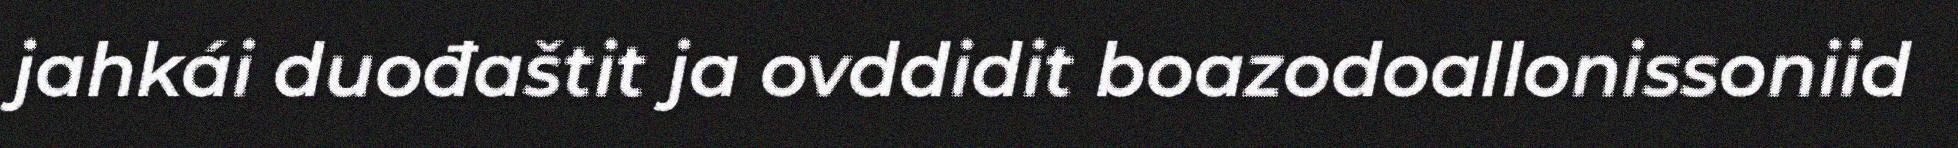
jahkái duođaštit ja ovddidit boazodoallonissoniid